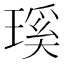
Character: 𤨊